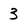
Character: 3